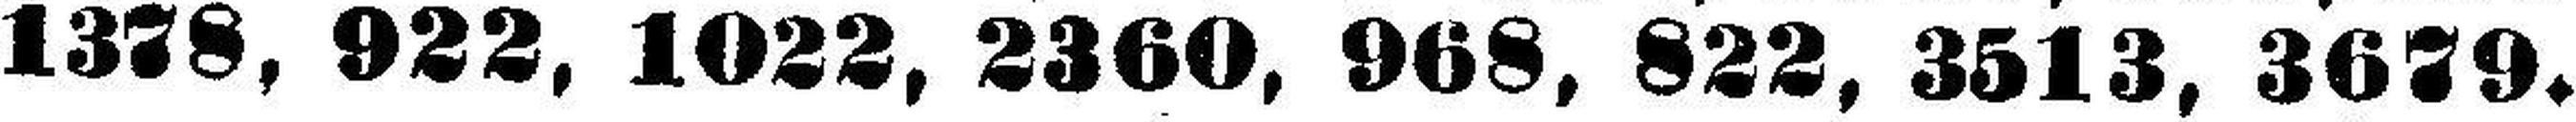
1378, 922, 1022, 2360, 968, 822, 3513, 3679.